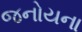
જનોયના